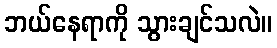
ဘယ်နေရာကို သွားချင်သလဲ။